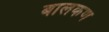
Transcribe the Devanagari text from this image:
बालकण